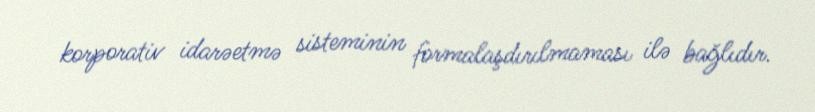
korporativ idarəetmə sisteminin formalaşdırılmaması ilə bağlıdır.